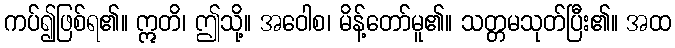
ကပ်၍ဖြစ်ရ၏။ ဣတိ၊ ဤသို့။ အဝေါစ၊ မိန့်တော်မူ၏။ သတ္တမသုတ်ပြီး၏။ အထ